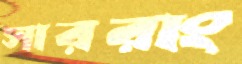
সাররাং